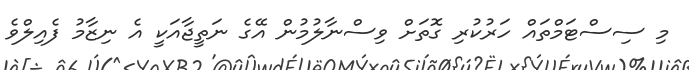
މި ސިސްޓަމްތައް ހަރުކުރި ގޮތަށް ވިސްނާލުމުން އޭގެ ނަތީޖާއަކީ އެ ނިޒާމު ފެއިލްވެ